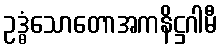
ဥဒ္ဓံသောတောအကနိဋ္ဌဂါမီ